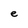
Character: e